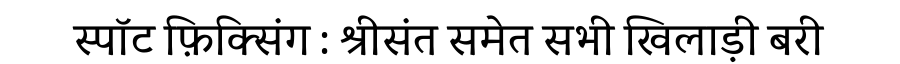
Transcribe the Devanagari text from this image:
स्पॉट फ़िक्सिंग : श्रीसंत समेत सभी खिलाड़ी बरी